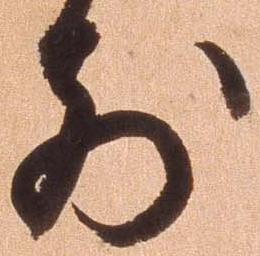
前